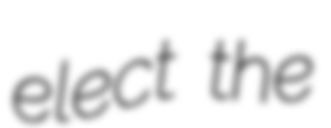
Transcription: elect the